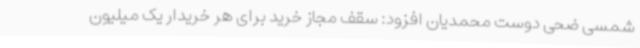
شمسی ضحی دوست محمدیان افزود: سقف مجاز خرید برای هر خریدار یک میلیون